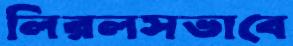
লিরলসভাবে